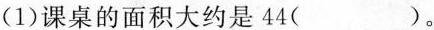
(1)课桌的面积大约是44()。